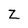
Character: z